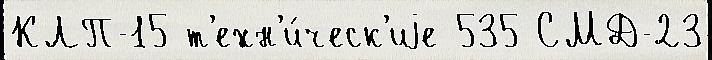
КЛП-15 т'ехн'и́ческ'иjе 535 СМД-23